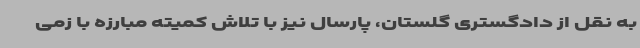
به نقل از دادگستری گلستان، پارسال نیز با تلاش کمیته مبارزه با زمی